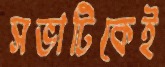
সভাটিকেই